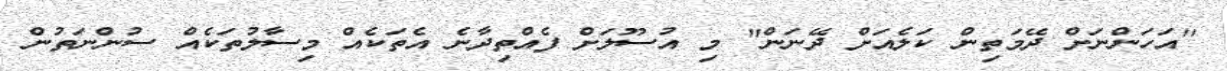
''އަހަންނަށް ދޭމަތިން ކަލެއަށް ދޭނަން'' މި އުސޫލަށް ފެއްތިދާނެ އެތަކެއް މިސާލުތަކެއް ސުންނަތުން